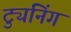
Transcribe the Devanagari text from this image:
ट्युनिंग